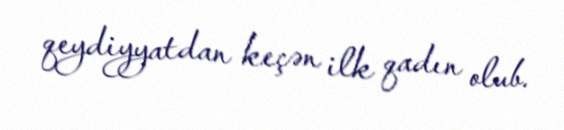
qeydiyyatdan keçən ilk qadın olub.